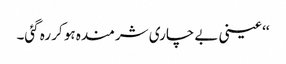
‘‘ عینی بے چاری شرمندہ ہو کر رہ گئی۔